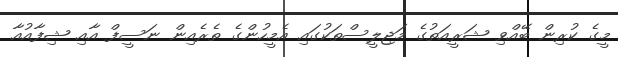
މީގެ ކުރިން ބޭއްވި ޝަރީއަތުގެ މަޖިލީސްތަކުގައި އެމީހުންގެ ތެރެއިން ނަސީފް އާއި ޝިފާއުއާ